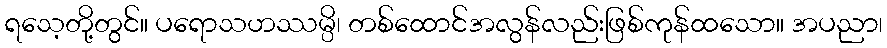
ရသေ့တို့တွင်။ ပရောသဟဿမ္ပိ၊ တစ်ထောင်အလွန်လည်းဖြစ်ကုန်ထသော။ အပညာ၊